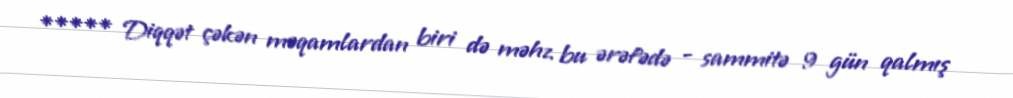
***** Diqqət çəkən məqamlardan biri də məhz bu ərəfədə - sammitə 9 gün qalmış